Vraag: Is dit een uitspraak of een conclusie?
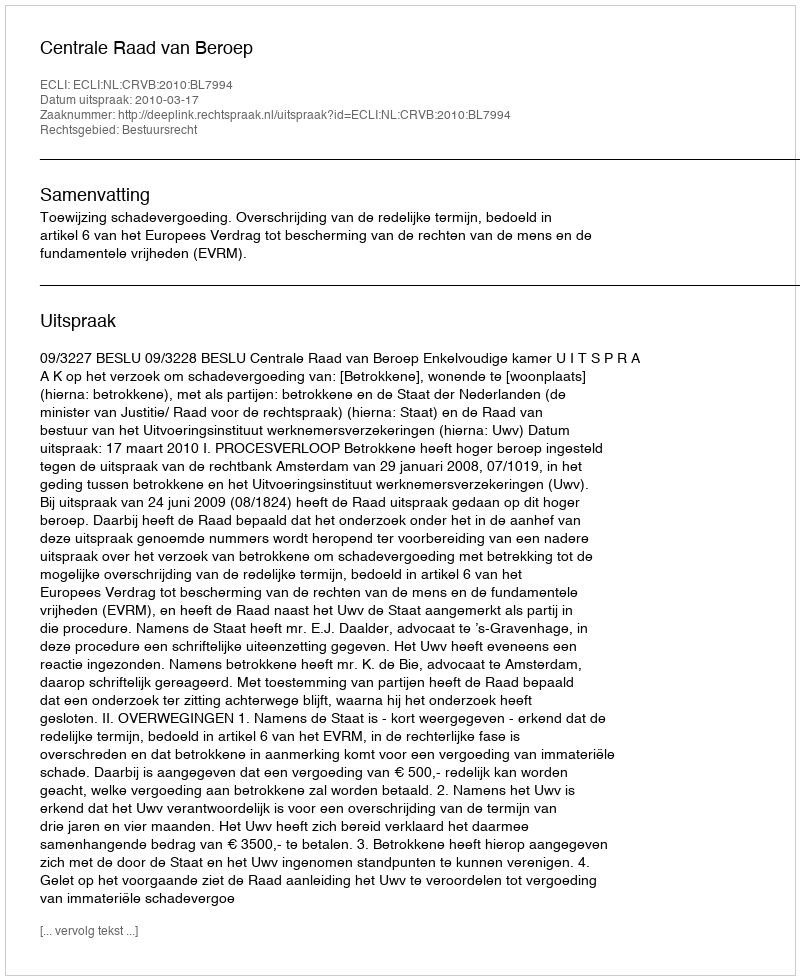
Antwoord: Uitspraak